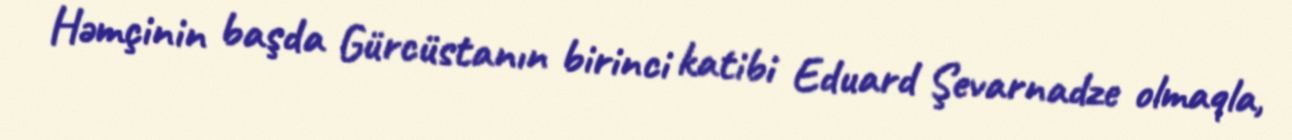
Həmçinin başda Gürcüstanın birinci katibi Eduard Şevarnadze olmaqla,